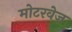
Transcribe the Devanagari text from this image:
मोटरवेज़